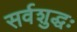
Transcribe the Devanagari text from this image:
सर्वशुद्धः